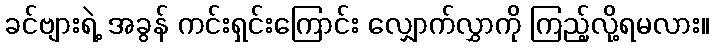
ခင်ဗျားရဲ့ အခွန် ကင်းရှင်းကြောင်း လျှောက်လွှာကို ကြည့်လို့ရမလား။